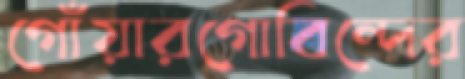
গোঁয়ারগোবিন্দের